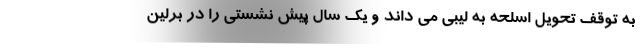
به توقف تحویل اسلحه به لیبی می داند و یک سال پیش نشستی را در برلین